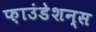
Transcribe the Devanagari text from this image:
फ़ाउंडेशन्स